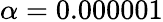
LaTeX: \alpha=0.000001